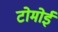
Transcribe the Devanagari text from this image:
टोमोई